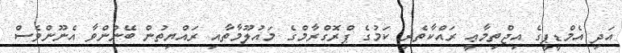
އަދި އެމްޑީޕީގެ އިޖްތިމާޢީ ރައްކާތެރި ކަމުގެ ޕްރޮގްރާމްގެ މައުލޫމާތާއި ރައްޔިތުން ބޭނުންވާ އެނޫންވެސް